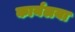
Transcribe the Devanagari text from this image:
कार्यलया